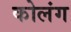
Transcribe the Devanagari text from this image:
कोलंग